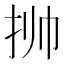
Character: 𱟯